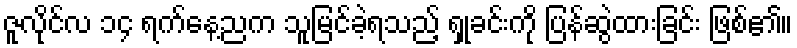
ဇူလိုင်လ ၁၄ ရက်နေ့ညက သူမြင်ခဲ့ရသည့် ရှုခင်းကို ပြန်ဆွဲထားခြင်း ဖြစ်၏။